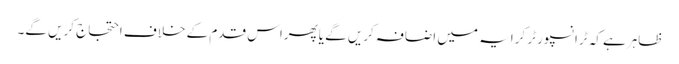
ظاہرہے کہ ٹرانسپورٹر کرایہ میں اضافہ کریں گے یاپھراس قدم کے خلاف احتجاج کریں گے۔